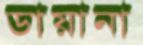
ডায়ানা